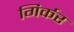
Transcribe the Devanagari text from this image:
गिर्कर